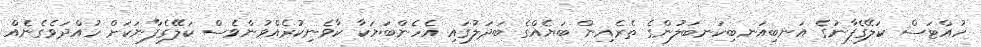
ހުއްޓަސް ކަލޭގެފާނުގެ އަނބިއަނބިކަނބަލުންގެ ތެރެއިން ބަޔެއްގެ ބަދަލުގައި އެހެންބަޔަކާ ކާވެނިކުރެއްވުންވެސް ކަލޭގެފާނަކަށް ހުއްދަވެގެނެއް